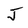
Character: J